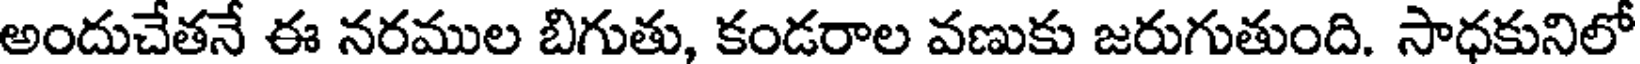
అందుచేతనే ఈ నరముల బిగుతు, కండరాల వణుకు జరుగుతుంది. సాధకునిలో